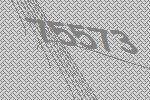
75573